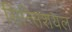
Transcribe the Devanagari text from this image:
सिन्सिशयल